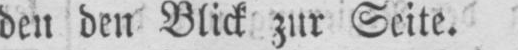
den den Blick zur Seite.